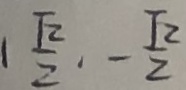
1 \frac { \sqrt { 2 } } { 2 } \cdot - \frac { \sqrt { 2 } } { 2 }